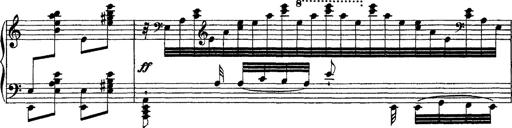
Title: Grandes Ã©tudes de Paganini
Composer: Franz Liszt